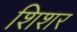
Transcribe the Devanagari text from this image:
शिशर